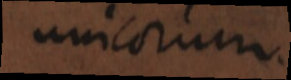
unicorum.